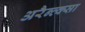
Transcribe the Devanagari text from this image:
अरैन्त्क्सा